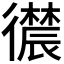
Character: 𪫛